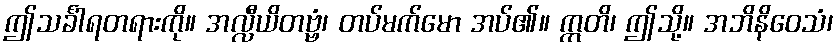
ဤသင်္ခါရတရားကို။ အလ္လီယိတဗ္ဗံ၊ တပ်မက်မော အပ်၏။ ဣတိ၊ ဤသို့။ အဘိနိဝေသံ၊